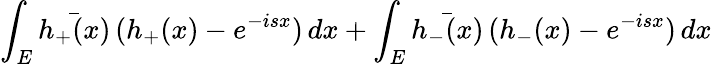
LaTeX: \int_{E}\bar{h_{+}(x)}\, (h_{+}(x)-e^{-isx})\, dx+\int_{E}\bar{h_{-}(x)}\, (h_{-}(x)-e^{-isx})\, dx